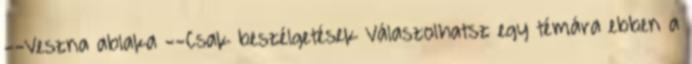
--Veszna ablaka --Csak beszélgetések Válaszolhatsz egy témára ebben a